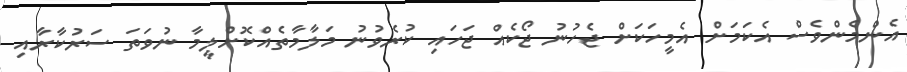
އެންމެންވެސް އެކަމަށް އެމީހަކަށް ޖެހުނު ޖޯކެއް ޖަހައި ކުރެވުނު މަލާމާތެއްކޮށްލީމާ ނުވަތަ ސަރުކާރާއި